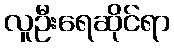
လူဦးရေဆိုင်ရာ